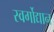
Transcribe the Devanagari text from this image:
स्वर्गोद्यान